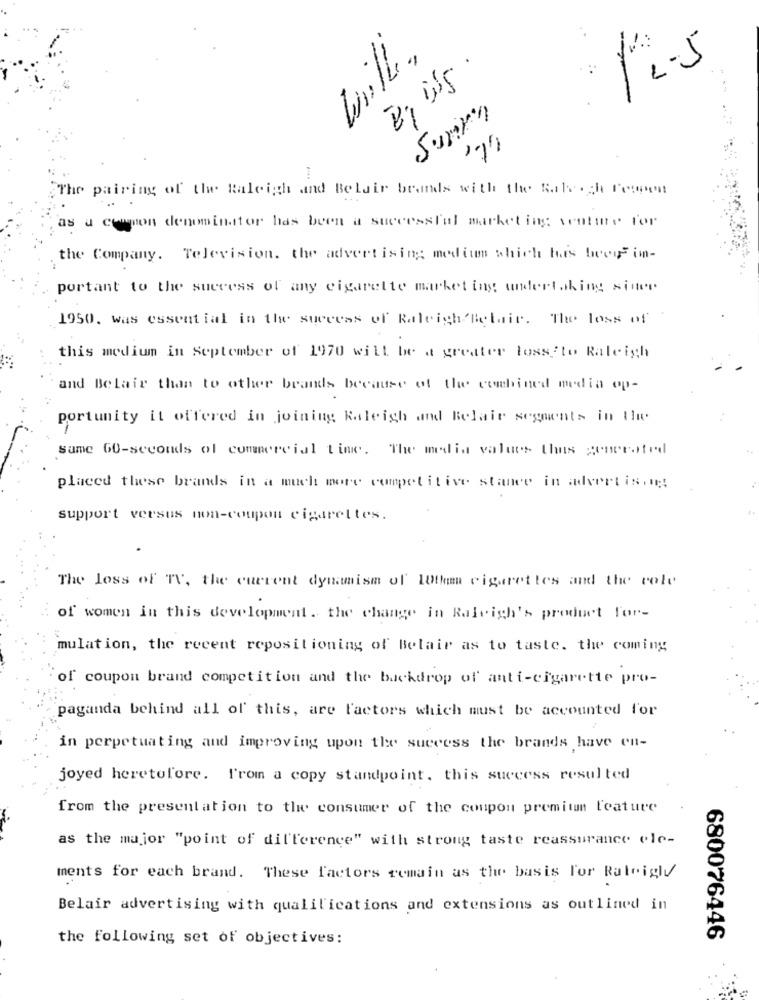
will,
12-5
Summa
The pairing of the Raleigh and Belair brands with the Saleoch Fewpen
as a common denominator has been a successful marketing venture for
the Company. Television. the advertising medium which has been im-
portant to the success of any cigarette market ing undertaking since
1950. was essential in the success of Raleigh Belair. The loss of
this modium in September of 1970 will be a greater loss to Raleigh
and Belair than to other brands because of the combined media op-
portunity it offered in joining Raleigh and Belair segments in the
same 60-seconds of commercial time. The media values thus generated
placed these brands in a much more competitive stance in advertising:
support versus non-coupon cigarettes.
The loss of TV, the current dynamism of 10th cigarettes and the colo
of women in this development. the change in Raleigh's product for-
mulation, the recent repositioning of Belair as to taste. the coming
of coupon brand competition and the backdrop of anti-cigarette pro-
paganda behind all of this, are factors which must be accounted for
in perpetuating and improving upon the success the brands have en-
joyed heretofore. From a copy standpoint, this success resulted
from the presentation to the consumer of the coupon premium l'eature
as the major "point of dil'ference" with strong taste reassurance ele-
ments for each brand. These factors remain as the basis For Raleighy
Belair advertising with qualifications and extensions as outlined in
the following set of objectives:
680076446